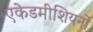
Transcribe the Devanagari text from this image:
एकेडमीशियनों